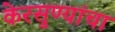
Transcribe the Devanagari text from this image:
केरसुण्यांचा